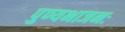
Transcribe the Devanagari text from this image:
पुण्यभाजनः